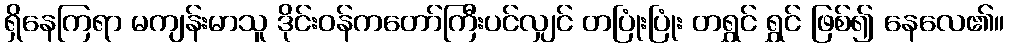
ရှိနေကြရာ မကျန်းမာသူ ဒိုင်းဝန်ကတော်ကြီးပင်လျှင် တပြုံးပြုံး တရွှင် ရွှင် ဖြစ်၍ နေလေ၏။